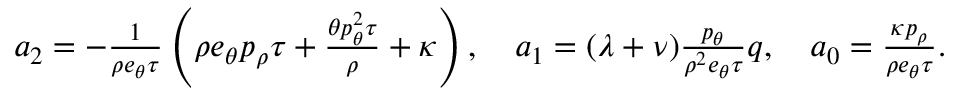
\begin{array} { r } { a _ { 2 } = - \frac { 1 } { \rho e _ { \theta } \tau } \left( \rho e _ { \theta } p _ { \rho } \tau + \frac { \theta p _ { \theta } ^ { 2 } \tau } { \rho } + \kappa \right) , \quad a _ { 1 } = ( \lambda + \nu ) \frac { p _ { \theta } } { \rho ^ { 2 } e _ { \theta } \tau } q , \quad a _ { 0 } = \frac { \kappa p _ { \rho } } { \rho e _ { \theta } \tau } . } \end{array}